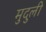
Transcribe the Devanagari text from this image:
मुदुली